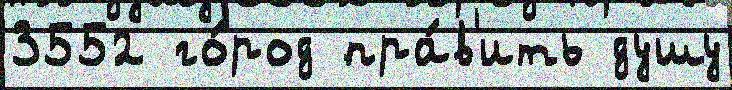
3552 го́род пра́в'ить душу